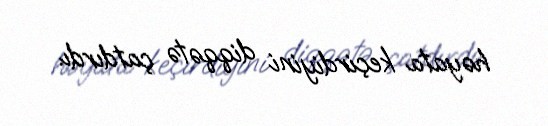
həyata keçirdiyini diqqətə çatdırdı.